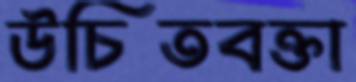
উচিতবক্তা